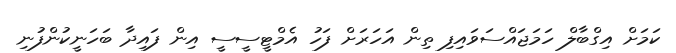
ކަމަށް އިގްބާލް ހަމަޖައްސަވައިފި ތިން އަހަރަށް ފަހު އެމްޓީސީސީ އިން ފައިދާ ބަހަނީކުންފުނި